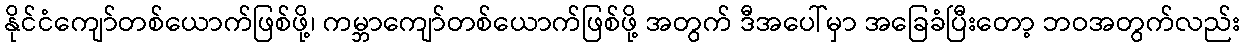
နိုင်ငံကျော်တစ်ယောက်ဖြစ်ဖို့၊ ကမ္ဘာကျော်တစ်ယောက်ဖြစ်ဖို့ အတွက် ဒီအပေါ်မှာ အခြေခံပြီးတော့ ဘဝအတွက်လည်း